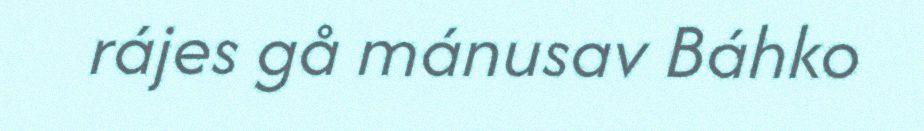
rájes gå mánusav Báhko